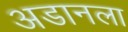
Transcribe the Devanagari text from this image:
अडानला